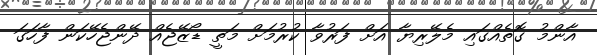
އާންމު ގޮތެއްގައި މެލޭރިޔާ އަށް ފަރުވާ ކުރުމަށް މަތީ ޑޯޒޭޖެއް ދޭންޖެހޭކަން ފާހަގަ